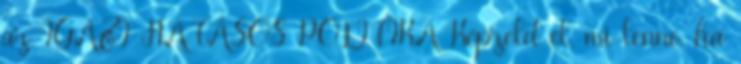
az IGAZI HATÁSOS POLITIKA Képzeld el, mi lenne, ha